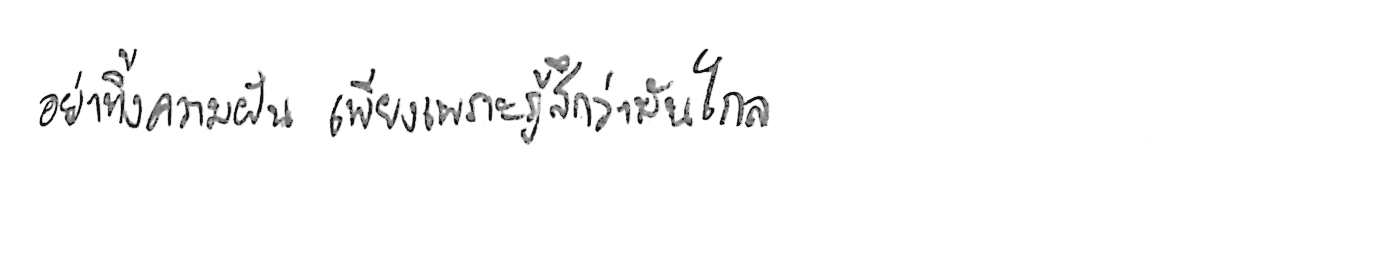
อย่าทิ้งความฝัน เพียงเพราะรู้สึกว่ามันไกล